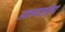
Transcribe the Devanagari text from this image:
आस्वाद्यता